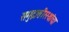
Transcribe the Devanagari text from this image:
समुद्रातीरस्थांचा